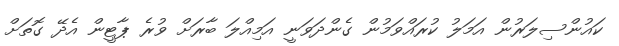
ކައުންސިލަރުން އަމަލު ކުރައްވަމުން ގެންދަވަނީ އަމިއްލަ ބާރަށް ވުރެ ޕާޓީން އެދޭ ގޮތަށް